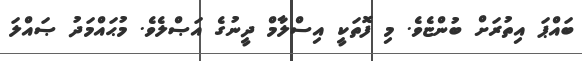
ބައްޕަ އިތުރަށް ބުންޏެވެ. މި ފޮތަކީ އިސްލާމް ދީނުގެ އަޞްލެވެ. މުޙައްމަދު ޞައްލަ